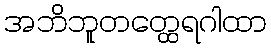
အဘိဘူတတ္ထေရဂါထာ